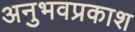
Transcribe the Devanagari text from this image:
अनुभवप्रकाश